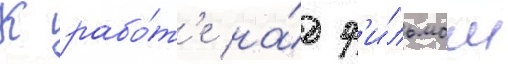
К рабо́т'е на́д ф'и́льмом